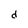
Character: d